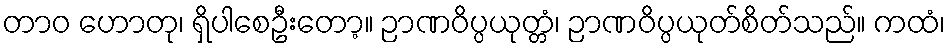
တာဝ ဟောတု၊ ရှိပါစေဦးတော့။ ဉာဏဝိပ္ပယုတ္တံ၊ ဉာဏဝိပ္ပယုတ်စိတ်သည်။ ကထံ၊